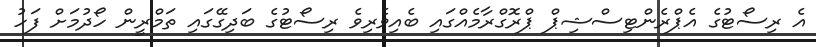
އެ ރިސޯޓުގެ އެޕްރެންޓިސްޝިޕް ޕްރޮގްރާމެއްގައި ބެއިވެރިވެ ރިސޯޓުގެ ބަދިގޭގައި ތަމްރީން ހޯދުމަށް ފަހު